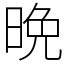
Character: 晩